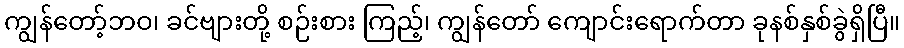
ကျွန်တော့်ဘဝ၊ ခင်ဗျားတို့ စဉ်းစား ကြည့်၊ ကျွန်တော် ကျောင်းရောက်တာ ခုနစ်နှစ်ခွဲရှိပြီ။